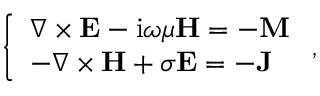
\left\{ \begin{array} { l l } { \nabla \times \mathbf { E } - \mathrm { i } \omega \mu \mathbf { H } = - \mathbf { M } } \\ { - \nabla \times \mathbf { H } + \sigma \mathbf { E } = - \mathbf { J } } \end{array} \right. ,